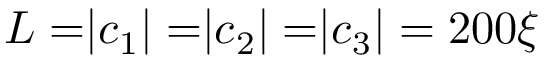
L = \rvert \boldsymbol c _ { 1 } \rvert = \rvert \boldsymbol c _ { 2 } \rvert = \rvert \boldsymbol c _ { 3 } \rvert = 2 0 0 \xi